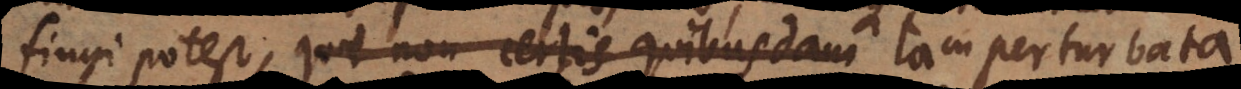
fingi potest, quae non certis quibusdam tam perturbata,